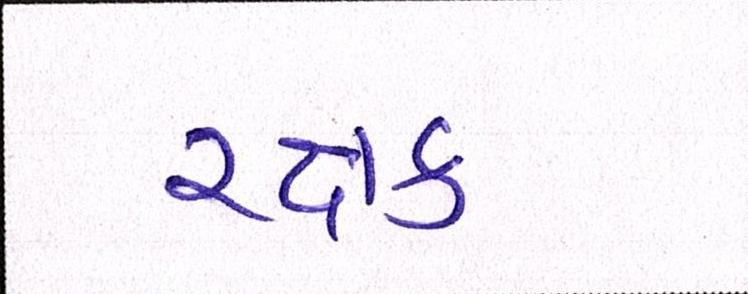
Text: રક્ષક